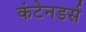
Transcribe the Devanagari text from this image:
कंटेनडर्स